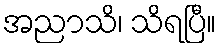
အညာသိ၊ သိရပြီ။